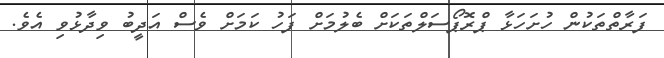
ފަރާތްތަކުން ހުށަހަޅާ ޕްރޮޕޯސަލްތަކަށް ބެލުމަށް ފަހު ކަމަށް ވެސް އަދީބު ވިދާޅުވި އެވެ.